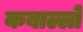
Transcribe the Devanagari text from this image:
कबाल्लो